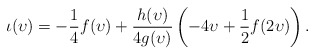
\begin{align*}\iota(\upsilon) = -\frac{1}{4}f(\upsilon) + \frac{h(\upsilon)}{4g(\upsilon)}\left(-4\upsilon + \frac 12 f(2\upsilon)\right).\end{align*}